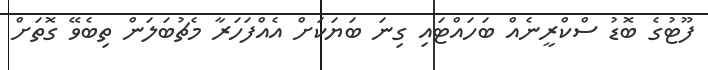
ފޫޓުގެ ބޮޑު ސްކްރީނެއް ބަހައްޓައި ގިނަ ބަޔަކަށް އެއްފަހަރާ މެޗުބަލަން ތިބެވޭ ގޮތަށް